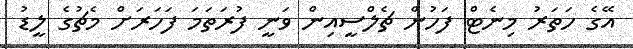
އޭގެ ހަތަރު މިނެޓް ފަހުން ޗެލްސީއިން ވަނީ ފުރަތަމަ ފަހަރަށް މެޗުގެ ލީޑު